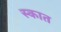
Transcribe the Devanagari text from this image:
स्कात